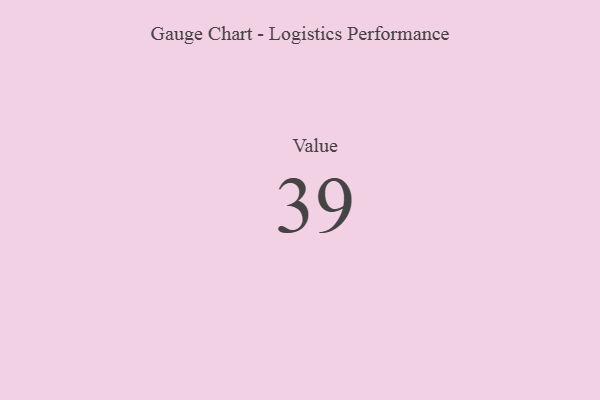
{"axis": {"x": "Metric", "y": "Value"}, "legend": [""], "data": [{"x": "Value", "y": 39, "type": ""}]}